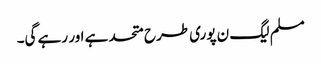
مسلم لیگ ن پوری طرح متحد ہے اور رہے گی۔